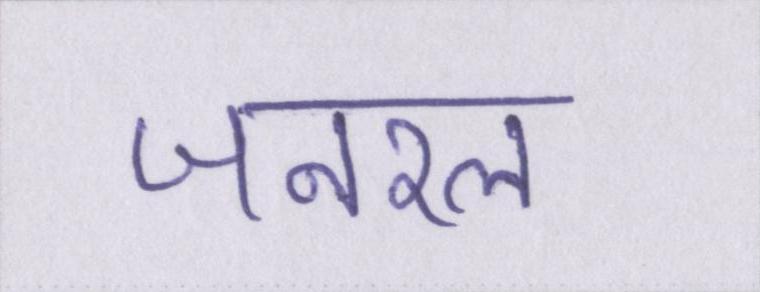
जनरल